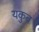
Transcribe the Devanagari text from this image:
यकुब